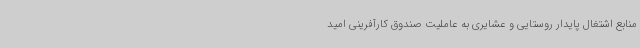
منابع اشتغال پایدار روستایی و عشایری به عاملیت صندوق کارآفرینی امید